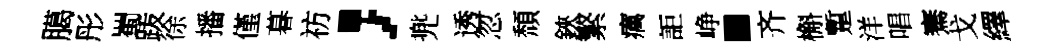
臈彤蜀䟦徐播僅暮祊，兠透忽頹鋏繁癘詎峥·齐槲蹔洋唱騫戈繹